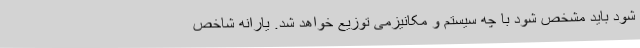
شود باید مشخص شود با چه سیستم و مکانیزمی توزیع خواهد شد. یارانه شاخص